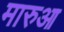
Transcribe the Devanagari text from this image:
मारुआ